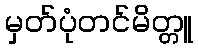
မှတ်ပုံတင်မိတ္တူ